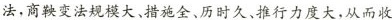
法，商鞍变法规模大、措施全、 历时久、推行力度大，从而收